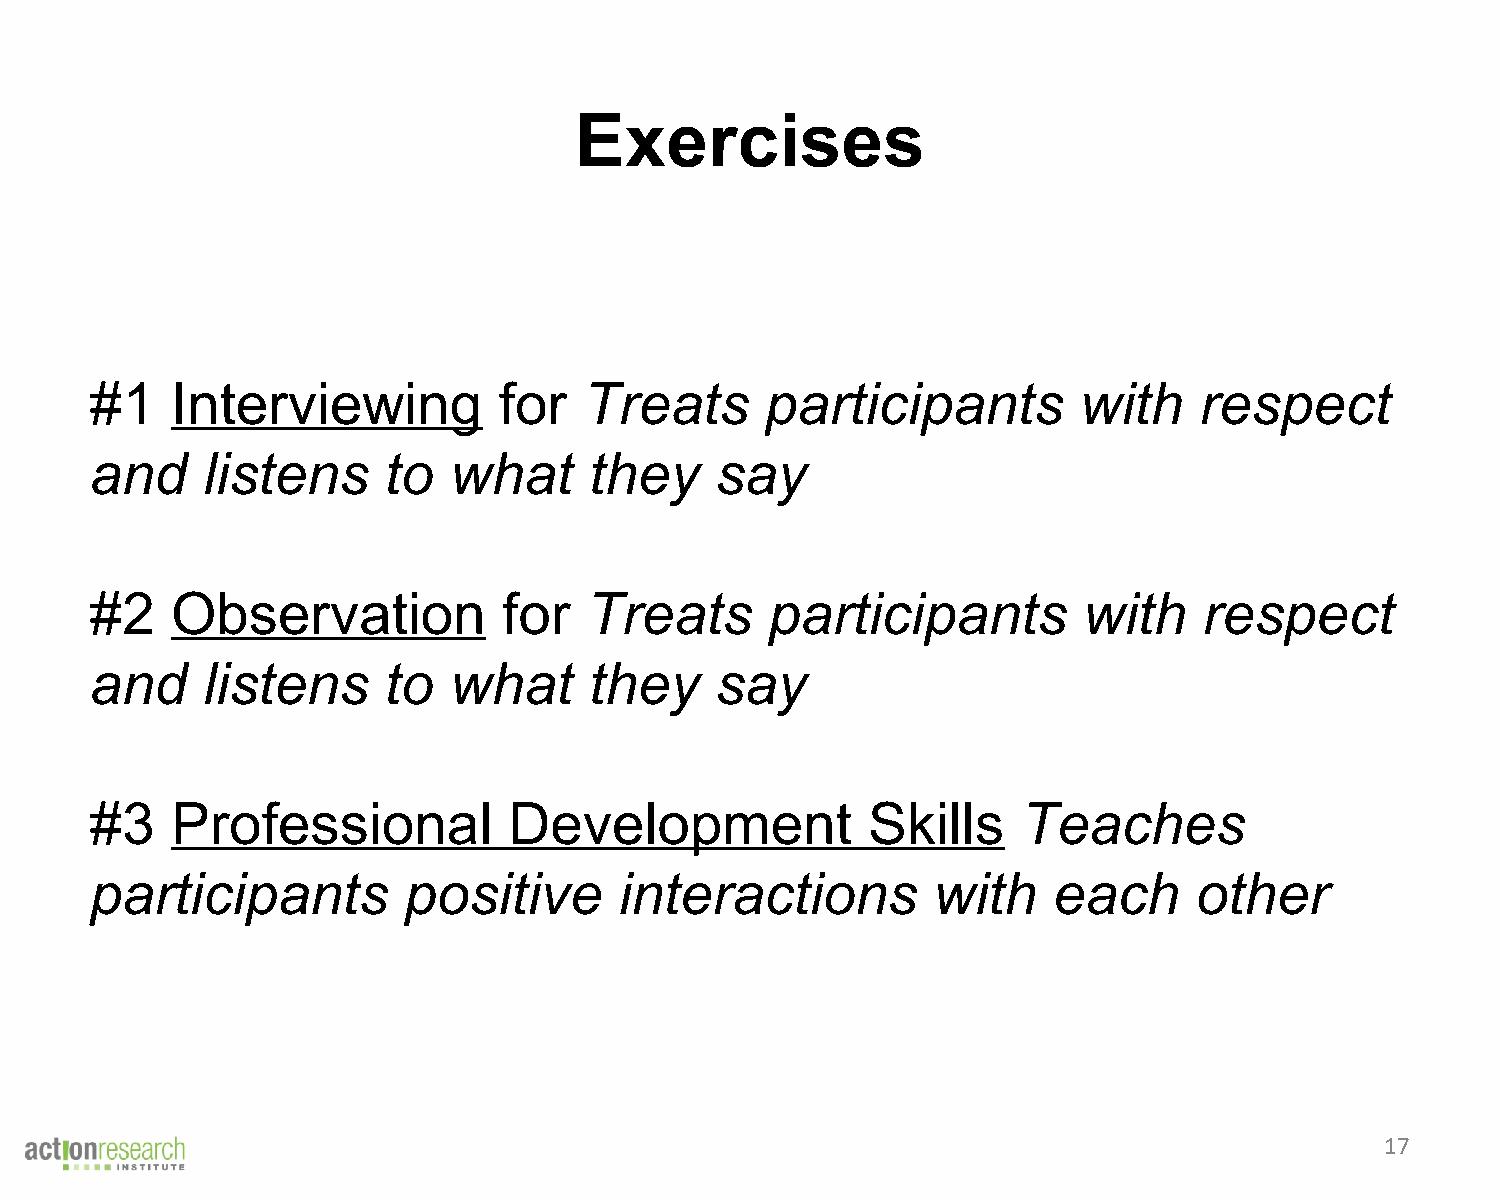
Exercises
 #1   Interviewing          for   Treats      participants        with    respect
 and    listens     to   what     they    say
 #2   Observation           for   Treats      participants         with    respect
 and    listens     to   what     they    say
 #3   Professional           Development            Skills     Teaches
 participants         positive      interactions         with    each     other
 17